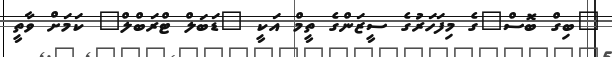
"ބިގް ބޮސް"ގެ މިފަހަރުގެ ސީޒަންގެ ތީމް އަކީ "ޑަބަލް ޓްރަބްލް" ކަމަށް ވާތީ